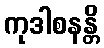
ကုဒါစနန္တိ